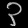
Digit: ၃